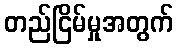
တည်ငြိမ်မှုအတွက်